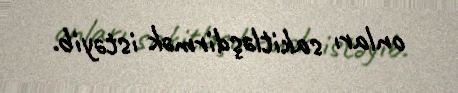
onları sakitləşdirmək istəyib.